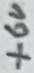
Text: +6V